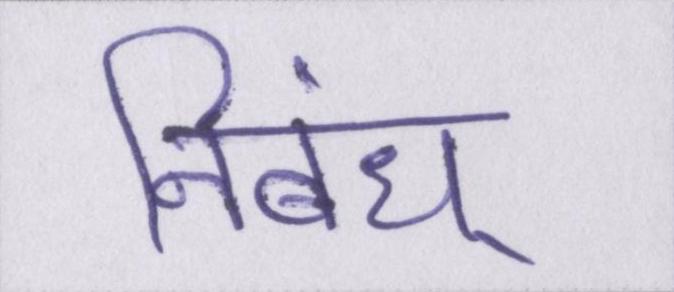
निबंध्